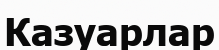
Казуарлар